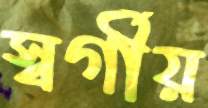
স্বর্গীয়